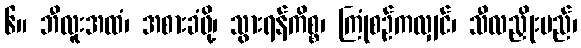
၆။ ဘီလူးအထံ၊ အစားခံဖို့၊ သွားရန်ကိစ္စ၊ ကြုံစဉ်ကလျှင်၊ သီလညှိုးမည်၊